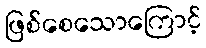
ဖြစ်စေသောကြောင့်